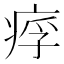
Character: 𤶖